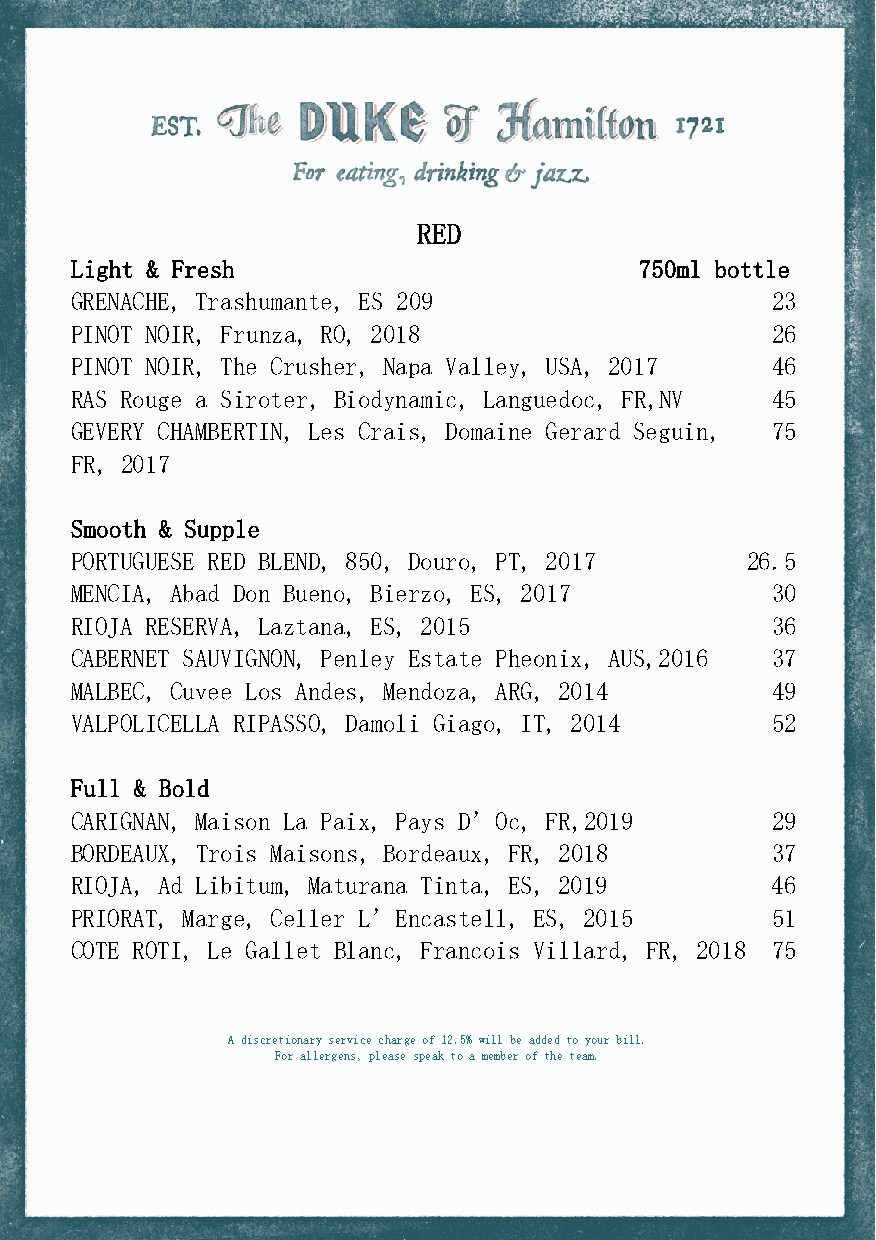
RED
 Light & Fresh                        750ml bottle
 GRENACHE, Trashumante, ES 209                 23
 PINOT NOIR, Frunza, RO, 2018                  26
 PINOT NOIR, The Crusher, Napa Valley, USA, 2017 46
 RAS Rouge a Siroter, Biodynamic, Languedoc, FR,NV 45
 GEVERY CHAMBERTIN, Les Crais, Domaine Gerard Seguin, 75
 FR, 2017
 Smooth & Supple
 PORTUGUESE RED BLEND, 850, Douro, PT, 2017  26.5
 MENCIA, Abad Don Bueno, Bierzo, ES, 2017      30
 RIOJA RESERVA, Laztana, ES, 2015              36
 CABERNET SAUVIGNON, Penley Estate Pheonix, AUS,2016 37
 MALBEC, Cuvee Los Andes, Mendoza, ARG, 2014   49
 VALPOLICELLA RIPASSO, Damoli Giago, IT, 2014  52
 Full & Bold
 CARIGNAN, Maison La Paix, Pays D’Oc, FR,2019  29
 BORDEAUX, Trois Maisons, Bordeaux, FR, 2018   37
 RIOJA, Ad Libitum, Maturana Tinta, ES, 2019   46
 PRIORAT, Marge, Celler L’Encastell, ES, 2015  51
 COTE ROTI, Le Gallet Blanc, Francois Villard, FR, 2018 75
 A discretionary service charge of 12.5% will be added to your bill.
 For allergens, please speak to a member of the team.